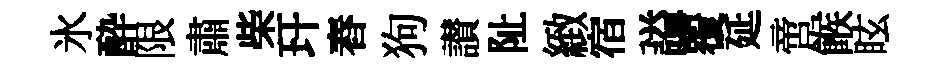
氷酔限肅柴玕舂狗讃阯緻宿謚覆延啻餱眩